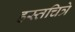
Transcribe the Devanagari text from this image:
हस्तचित्रे